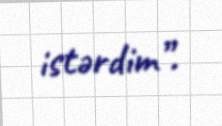
istərdim”.